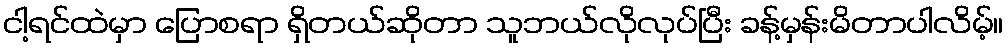
ငါ့ရင်ထဲမှာ ပြောစရာ ရှိတယ်ဆိုတာ သူဘယ်လိုလုပ်ပြီး ခန့်မှန်းမိတာပါလိမ့်။